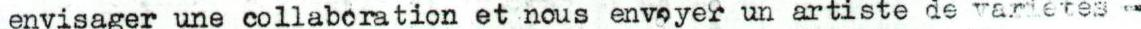
envisager une collabcration et nous envoeyer un artiste de varietes -